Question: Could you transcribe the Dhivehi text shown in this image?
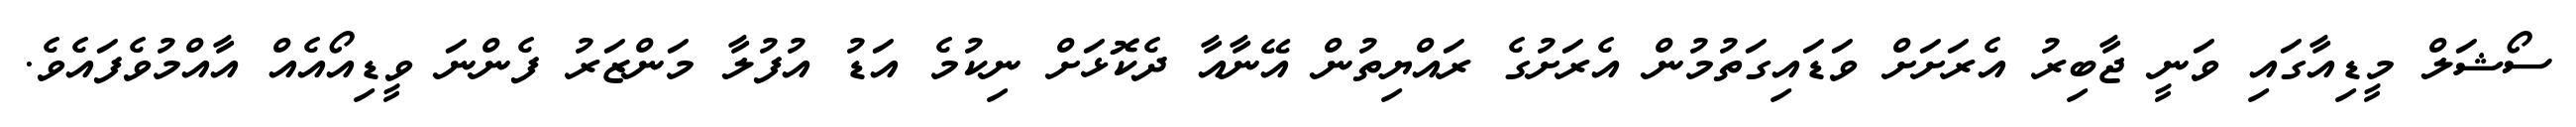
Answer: ސޯޝަލް މީޑިއާގައި ވަނީ ޖާބިރު އެރަށަށް ވަޑައިގަތުމުން އެރަށުގެ ރައްޔިތުން އޭނާއާ ދެކޮޅަށް ނިކުމެ އަޑު އުފުލާ މަންޒަރު ފެންނަ ވީޑިއޯއެއް އާއްމުވެފައެވެ.